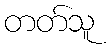
တတ်သူ